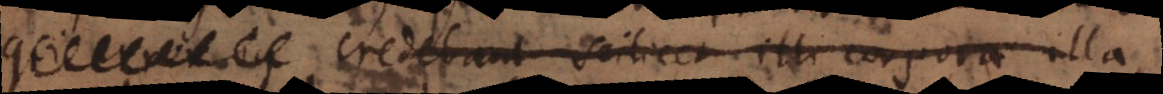
Credebant scilicet illi corpo